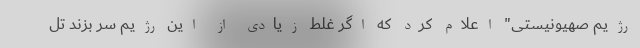
رژیم صهیونیستی" اعلام کرد که اگر غلط زیادی از این رژیم سر بزند تل